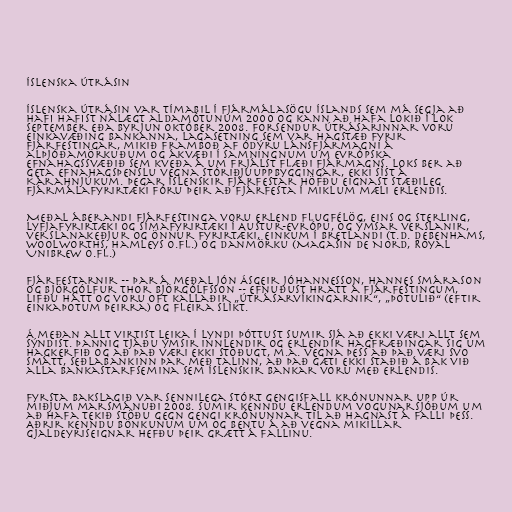
Íslenska útrásin

Íslenska útrásin var tímabil í fjármálasögu Íslands sem má segja að
hafi hafist nálægt aldamótunum 2000 og kann að hafa lokið í lok
september eða byrjun október 2008. Forsendur útrásarinnar voru
einkavæðing bankanna, lagasetning sem var hagstæð fyrir
fjárfestingar, mikið framboð af ódýru lánsfjármagni á
alþjóðamörkuðum og ákvæði í samningnum um Evrópska
efnahagssvæðið sem kveða á um frjálst flæði fjármagns. Loks ber að
geta efnahagsþenslu vegna stóriðjuuppbyggingar, ekki síst á
Kárahnjúkum. Þegar íslenskir fjárfestar höfðu eignast stæðileg
fjármálafyrirtæki fóru þeir að fjárfesta í miklum mæli erlendis.

Meðal áberandi fjárfestinga voru erlend flugfélög, eins og Sterling,
lyfjafyrirtæki og símafyrirtæki í Austur-Evrópu, og ýmsar verslanir,
verslanakeðjur og önnur fyrirtæki, einkum í Bretlandi (t.d. Debenhams,
Woolworths, Hamleys o.fl.) og Danmörku (Magasin de Nord, Royal
Unibrew o.fl.)

Fjárfestarnir -- þar á meðal Jón Ásgeir Jóhannesson, Hannes Smárason
og Björgólfur Thor Björgólfsson -- efnuðust hratt á fjárfestingum,
lifðu hátt og voru oft kallaðir „útrásarvíkingarnir“, „þotulið“ (eftir
einkaþotum þeirra) og fleira slíkt.

Á meðan allt virtist leika í lyndi þóttust sumir sjá að ekki væri allt sem
sýndist. Þannig tjáðu ýmsir innlendir og erlendir hagfræðingar sig um
hagkerfið og að það væri ekki stöðugt, m.a. vegna þess að það væri svo
smátt, Seðlabankinn þar með talinn, að það gæti ekki staðið á bak við
alla bankastarfsemina sem íslenskir bankar voru með erlendis.

Fyrsta bakslagið var sennilega stórt gengisfall krónunnar upp úr
miðjum marsmánuði 2008. Sumir kenndu erlendum vogunarsjóðum um
að hafa tekið stöðu gegn gengi krónunnar til að hagnast á falli þess.
Aðrir kenndu bönkunum um og bentu á að vegna mikillar
gjaldeyriseignar hefðu þeir grætt á fallinu.